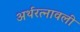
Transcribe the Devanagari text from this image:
अर्थरत्नावली